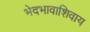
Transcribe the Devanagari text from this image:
भेदभावाशिवाय